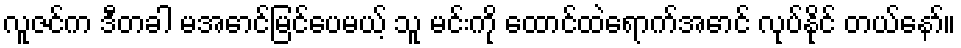
လူဇင်က ဒီတခါ မအောင်မြင်ပေမယ့် သူ မင်းကို ထောင်ထဲရောက်အောင် လုပ်နိုင် တယ်နော်။